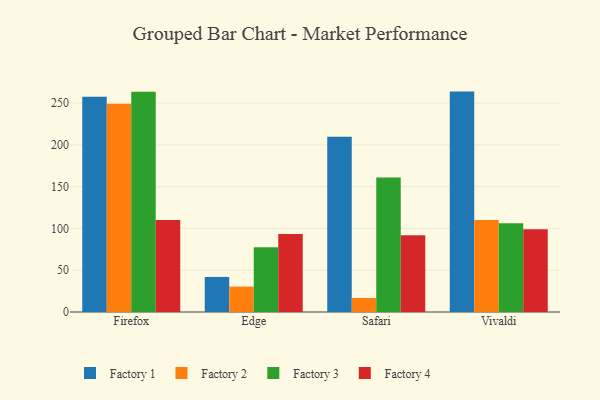
{"axis": {"x": "Browser", "y": "Market Share (%)"}, "legend": ["Factory 1", "Factory 2", "Factory 3", "Factory 4"], "data": [{"x": "Firefox", "y": 257.7, "type": "Factory 1"}, {"x": "Firefox", "y": 249.2, "type": "Factory 2"}, {"x": "Firefox", "y": 263.7, "type": "Factory 3"}, {"x": "Firefox", "y": 110.1, "type": "Factory 4"}, {"x": "Edge", "y": 42.0, "type": "Factory 1"}, {"x": "Edge", "y": 30.4, "type": "Factory 2"}, {"x": "Edge", "y": 77.5, "type": "Factory 3"}, {"x": "Edge", "y": 93.5, "type": "Factory 4"}, {"x": "Safari", "y": 209.9, "type": "Factory 1"}, {"x": "Safari", "y": 16.8, "type": "Factory 2"}, {"x": "Safari", "y": 161.0, "type": "Factory 3"}, {"x": "Safari", "y": 92.0, "type": "Factory 4"}, {"x": "Vivaldi", "y": 263.8, "type": "Factory 1"}, {"x": "Vivaldi", "y": 110.2, "type": "Factory 2"}, {"x": "Vivaldi", "y": 106.2, "type": "Factory 3"}, {"x": "Vivaldi", "y": 99.0, "type": "Factory 4"}]}